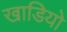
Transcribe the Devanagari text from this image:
खाडियो